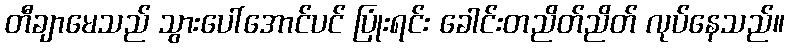
တီချာမေသည် သွားပေါ်အောင်ပင် ပြုံးရင်း ခေါင်းတညိတ်ညိတ် လုပ်နေသည်။